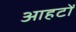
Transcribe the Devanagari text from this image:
आहटों